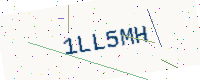
Text: 1LL5MH